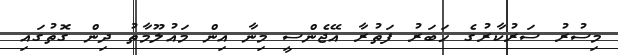
މިސުރު ސަރުކާރުގެ ހަބަރު ފަތުރާ އޭޖެންސީ މިނާ އިން މައުލޫމާތު ދިން ގޮތުގައި